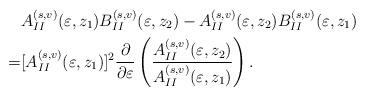
LaTeX: \begin{align*} & A_{II}^{(s,v)} (\varepsilon, z_1) B_{II}^{(s,v)} (\varepsilon, z_2) - A_{II}^{(s,v)} (\varepsilon, z_2) B_{II}^{(s,v)} (\varepsilon, z_1) \\ = & [A_{II}^{(s,v)} (\varepsilon, z_1)]^2 \frac{\partial }{\partial \varepsilon} \left(\frac{A_{II}^{(s,v)}(\varepsilon, z_2)}{A_{II}^{(s,v)} (\varepsilon, z_1) }\right). \end{align*}